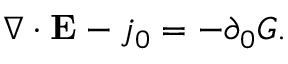
\nabla \cdot { \bf E } - j _ { 0 } = - \partial _ { 0 } G .